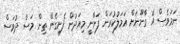
ނަމަވެސް އެ ގާނޫނަށް އަމަލުކުރަން ފަށާނީ މިއަދުން ފެށިގެން ތިން މަސް ދުވަސް